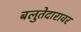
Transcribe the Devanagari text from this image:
बलुतेदारावर